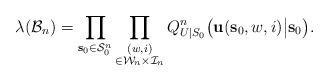
LaTeX: \begin{align*} \lambda(\mathcal{B}_n)=\prod_{\mathbf{s}_0\in\mathcal{S}_0^n}\prod_{\substack{(w,i)\\\in\mathcal{W}_n\times\mathcal{I}_n}}Q^n_{U|S_0}\big(\mathbf{u}(\mathbf{s}_0,w,i)\big|\mathbf{s}_0\big).\end{align*}